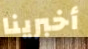
أخبرينا